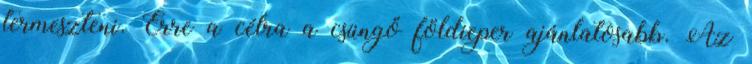
termeszteni. Erre a célra a csüngő földieper ajánlatosabb. Az